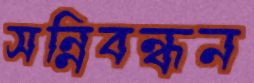
সন্নিবন্ধন